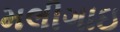
મલીગાઇ